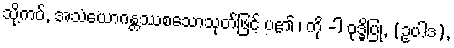
သို့ကပ်, အသံယောဂန္တဿစသောသုတ်ဖြင့် ပ၏ ၊ ကို -ါ ဝုဒ္ဓိပြု, (ဥပါဒ),